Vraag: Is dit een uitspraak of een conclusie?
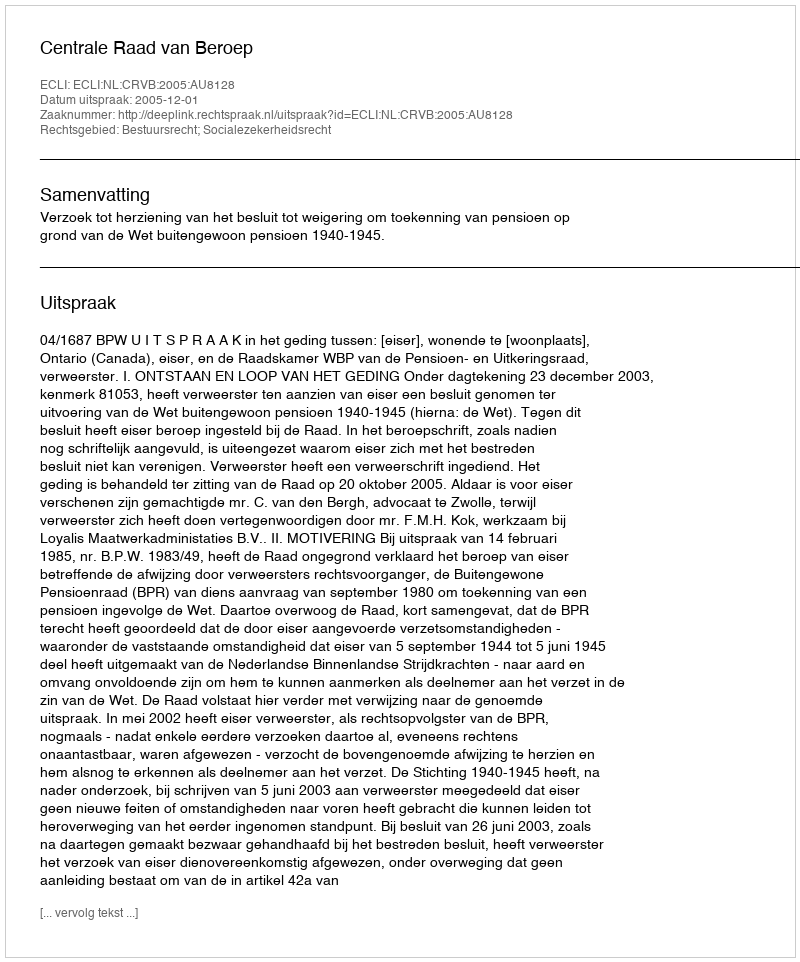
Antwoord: Uitspraak